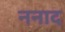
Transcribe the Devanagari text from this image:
ननाद